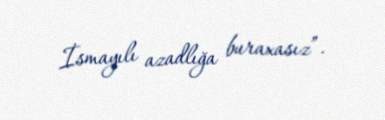
İsmayılı azadlığa buraxasız”.